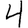
Digit: 4